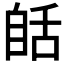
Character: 𦧗